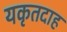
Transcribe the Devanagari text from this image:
यकृतदाह